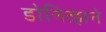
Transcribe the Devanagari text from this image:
डोनित्झने